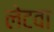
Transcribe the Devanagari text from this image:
लेटवा